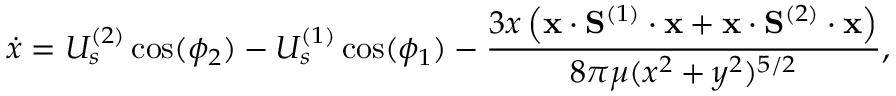
\dot { x } = U _ { s } ^ { ( 2 ) } \cos ( \phi _ { 2 } ) - U _ { s } ^ { ( 1 ) } \cos ( \phi _ { 1 } ) - \frac { 3 x \left( \mathbf { x } \cdot \mathbf { S } ^ { ( 1 ) } \cdot \mathbf { x } + \mathbf { x } \cdot \mathbf { S } ^ { ( 2 ) } \cdot \mathbf { x } \right) } { 8 \pi \mu ( x ^ { 2 } + y ^ { 2 } ) ^ { 5 / 2 } } ,